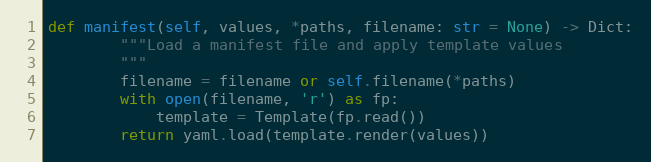
Language: Python
def manifest(self, values, *paths, filename: str = None) -> Dict:
        """Load a manifest file and apply template values
        """
        filename = filename or self.filename(*paths)
        with open(filename, 'r') as fp:
            template = Template(fp.read())
        return yaml.load(template.render(values))